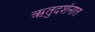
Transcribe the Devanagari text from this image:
ऋतुदर्शनात